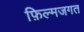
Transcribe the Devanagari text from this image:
फ़िल्मजगत